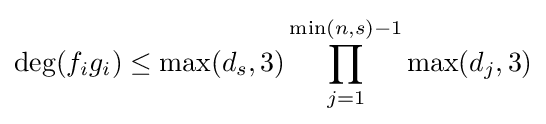
\deg(f_{i}g_{i})\leq \max(d_{s},3)\prod _{j=1}^{\min(n,s)-1}\max(d_{j},3)